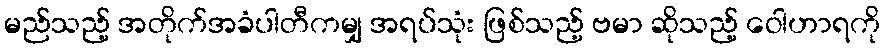
မည်သည့် အတိုက်အခံပါတီကမျှ အရပ်သုံး ဖြစ်သည့် ဗမာ ဆိုသည့် ဝေါဟာရကို